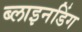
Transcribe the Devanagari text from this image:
ब्लाइनडिंग